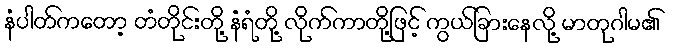
နံပါတ်ကတော့ တံတိုင်းတို့ နံရံတို့ လိုက်ကာတို့ဖြင့် ကွယ်ခြားနေလို့ မာတုဂါမ၏